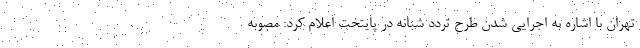
تهران با اشاره به اجرایی شدن طرح تردد شبانه در پایتخت اعلام کرد: مصوبه